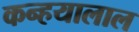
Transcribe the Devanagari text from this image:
कन्हयालाल